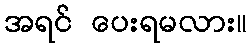
အရင် ပေးရမလား။